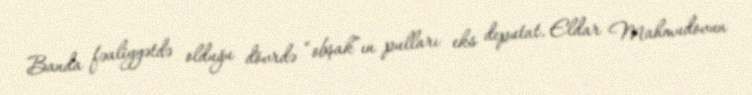
Banda fəaliyyətdə olduğu dövrdə “obşak”ın pulları eks deputat, Eldar Mahmudovun